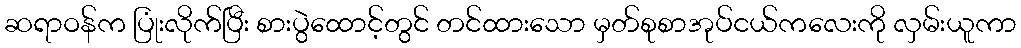
ဆရာဝန်က ပြုံးလိုက်ပြီး စားပွဲထောင့်တွင် တင်ထားသော မှတ်စုစာအုပ်ငယ်ကလေးကို လှမ်းယူကာ